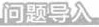
问题导入。